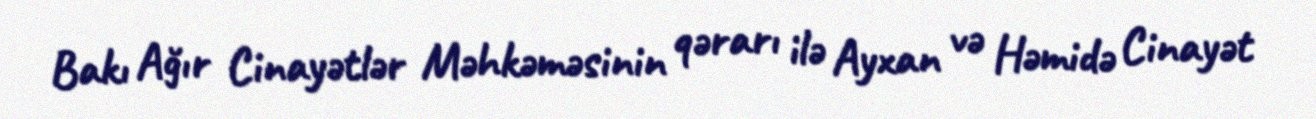
Bakı Ağır Cinayətlər Məhkəməsinin qərarı ilə Ayxan və Həmidə Cinayət